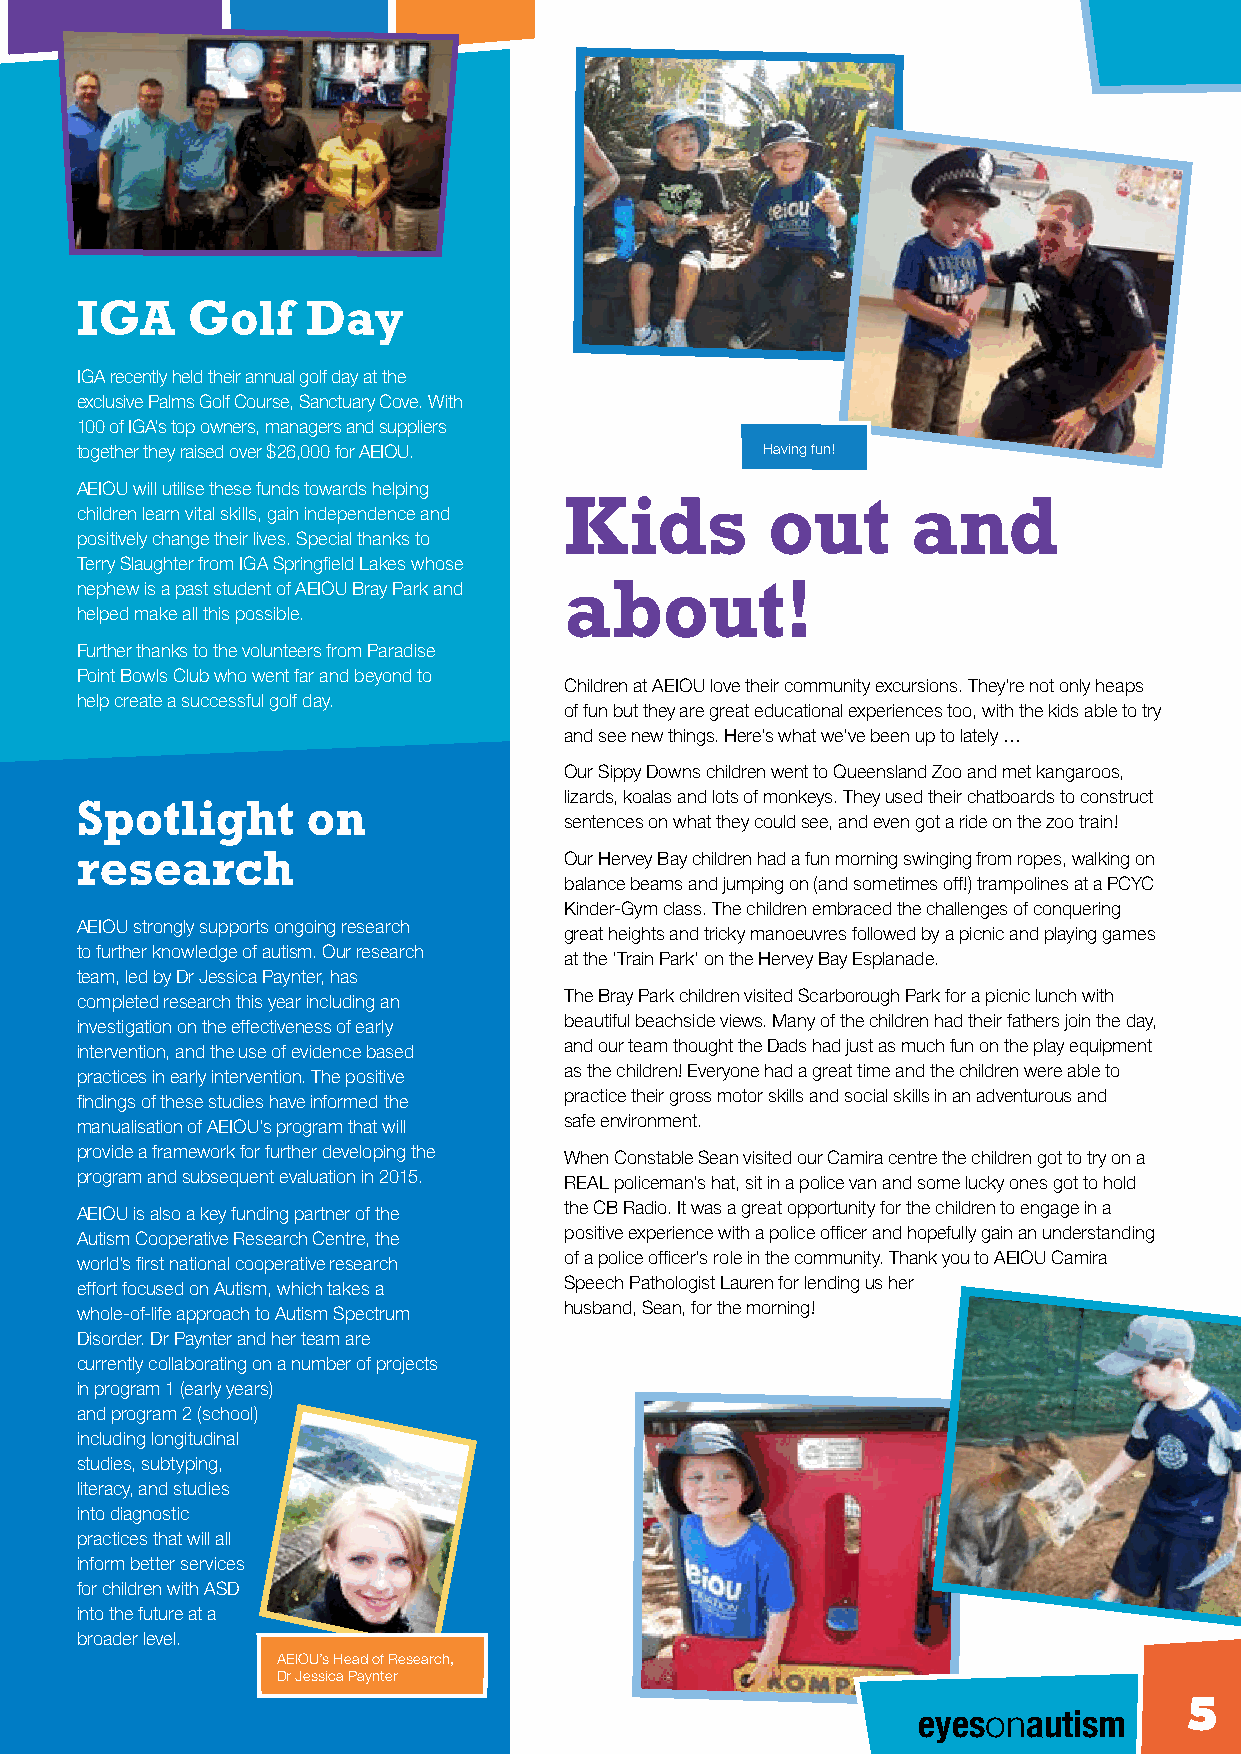
IGA    Golf    Day
 IGA recently held their annual golf day at the
 exclusive Palms Golf Course, Sanctuary Cove. With
 100 of IGA’s top owners, managers and suppliers
 together they raised over $26,000 for AEIOU. Having fun!
 AEIOU will utilise these funds towards helping
 Kids          out      and
 children learn vital skills, gain independence and
 positively change their lives. Special thanks to
 Terry Slaughter from IGA Springfield Lakes whose
 nephew is a past student of AEIOU Bray Park and about!
 helped make all this possible.
 Further thanks to the volunteers from Paradise
 Point Bowls Club who went far and beyond to
 Children at AEIOU love their community excursions. They’re not only heaps
 help create a successful golf day.
 of fun but they are great educational experiences too, with the kids able to try
 and see new things. Here’s what we’ve been up to lately …
 Our Sippy Downs children went to Queensland Zoo and met kangaroos,
 lizards, koalas and lots of monkeys. They used their chatboards to construct
 Spotlight      on
 sentences on what they could see, and even got a ride on the zoo train!
 research                        Our Hervey Bay children had a fun morning swinging from ropes, walking on
 balance beams and jumping on (and sometimes off!) trampolines at a PCYC
 Kinder-Gym class. The children embraced the challenges of conquering
 AEIOU strongly supports ongoing research
 great heights and tricky manoeuvres followed by a picnic and playing games
 to further knowledge of autism. Our research
 at the ‘Train Park’ on the Hervey Bay Esplanade.
 team, led by Dr Jessica Paynter, has
 The Bray Park children visited Scarborough Park for a picnic lunch with
 completed research this year including an
 beautiful beachside views. Many of the children had their fathers join the day,
 investigation on the effectiveness of early
 and our team thought the Dads had just as much fun on the play equipment
 intervention, and the use of evidence based
 as the children! Everyone had a great time and the children were able to
 practices in early intervention. The positive
 practice their gross motor skills and social skills in an adventurous and
 findings of these studies have informed the
 safe environment.
 manualisation of AEIOU’s program that will
 provide a framework for further developing the When Constable Sean visited our Camira centre the children got to try on a
 program and subsequent evaluation in 2015. REAL policeman’s hat, sit in a police van and some lucky ones got to hold
 the CB Radio. It was a great opportunity for the children to engage in a
 AEIOU is also a key funding partner of the
 positive experience with a police officer and hopefully gain an understanding
 Autism Cooperative Research Centre, the
 of a police officer’s role in the community. Thank you to AEIOU Camira
 world’s first national cooperative research
 Speech Pathologist Lauren for lending us her
 effort focused on Autism, which takes a
 husband, Sean, for the morning!
 whole-of-life approach to Autism Spectrum
 Disorder. Dr Paynter and her team are
 currently collaborating on a number of projects
 in program 1 (early years)
 and program 2 (school)
 including longitudinal
 studies, subtyping,
 literacy, and studies
 into diagnostic
 practices that will all
 inform better services
 for children with ASD
 into the future at a
 broader level.
 AEIOU’s Head of Research,
 Dr Jessica Paynter
 eyesonautism      5